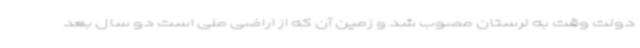
دولت وقت به لرستان مصوب شد و زمین آن که از اراضی ملی است دو سال بعد